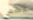
ليس